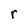
Character: r